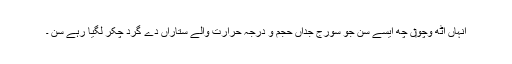
انہاں اٹھ وچو‏ں چھ ایسے سن جو سورج جداں حجم و درجہ حرارت والے ستاراں دے گرد چکر لگیا رہے سن ۔